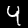
Digit: 4